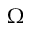
\Omega